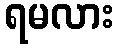
ရမလား